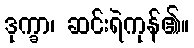
ဒုက္ခာ၊ ဆင်းရဲကုန်၏။